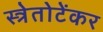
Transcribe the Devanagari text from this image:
स्त्रेतोटेंकर